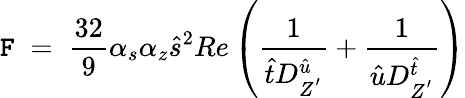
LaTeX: \mathtt{F}\; =\; \frac{{32}}{{9}}\alpha_{s}\alpha_{z}\hat{{s}}^{2}Re\left(\frac{{1}}{{\hat{{t}}D_{Z^{'}}^{\hat{{u}}}}}+\frac{{1}}{{\hat{{u}}D_{Z^{'}}^{\hat{{t}}}}}\right)